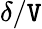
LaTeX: \delta/\mathtt{V}